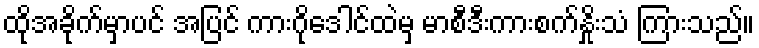
ထိုအခိုက်မှာပင် အပြင် ကားဂိုဒေါင်ထဲမှ မာစီဒီးကားစက်နှိုးသံ ကြားသည်။